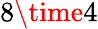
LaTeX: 8\time 4